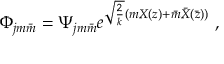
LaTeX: \Phi _ { j m \bar { m } } = \Psi _ { j m \bar { m } } e ^ { \sqrt { \frac { 2 } { k } } ( m X ( z ) + \bar { m } \bar { X } ( \bar { z } ) ) } ~ ,